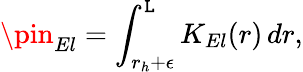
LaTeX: \pin_{El}=\int_{r_{h}+\epsilon}^{\mathtt{L}}K_{El}(r)\, dr,